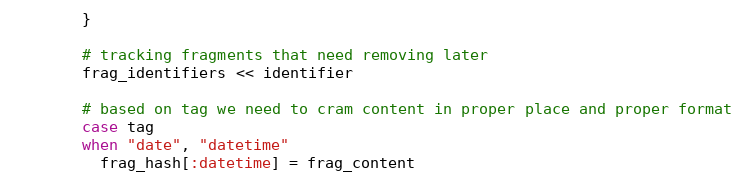
Language: Ruby
        }

        # tracking fragments that need removing later
        frag_identifiers << identifier

        # based on tag we need to cram content in proper place and proper format
        case tag
        when "date", "datetime"
          frag_hash[:datetime] = frag_content